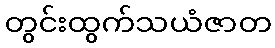
တွင်းထွက်သယံဇာတ